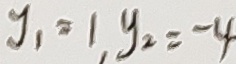
y _ { 1 } = 1 , y _ { 2 } = - 4